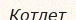
Котлет